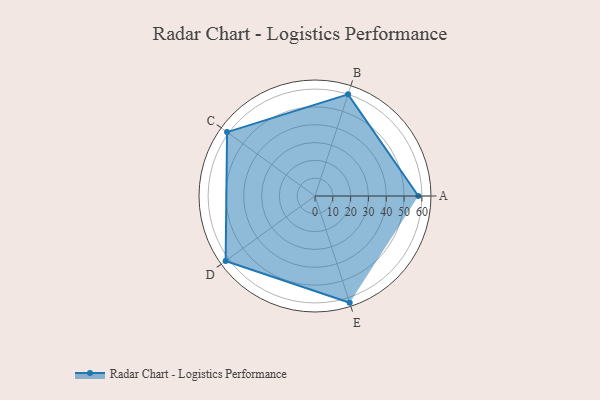
{"axis": {"x": "Skill", "y": "Score"}, "legend": ["Profile"], "data": [{"x": "A", "y": 58.0, "type": "Profile"}, {"x": "B", "y": 60.0, "type": "Profile"}, {"x": "C", "y": 61.0, "type": "Profile"}, {"x": "D", "y": 62.0, "type": "Profile"}, {"x": "E", "y": 63.0, "type": "Profile"}]}